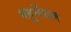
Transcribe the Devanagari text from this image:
ब्लुमेंथल